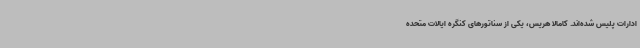
ادارات پلیس شده‌اند. کامالا هریس، یکی از سناتورهای کنگره ایالات متحده